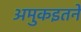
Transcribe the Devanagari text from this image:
अमुकइतने